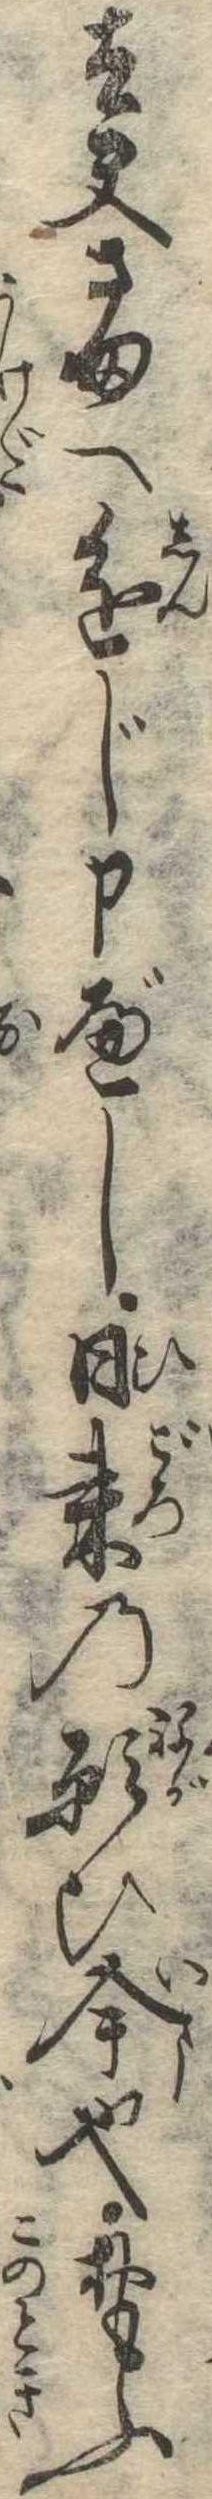
太夫さまへ進じ申べし日来の願ひ今也おもふ